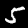
Digit: 5